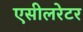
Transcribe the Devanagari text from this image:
एसीलरेटर